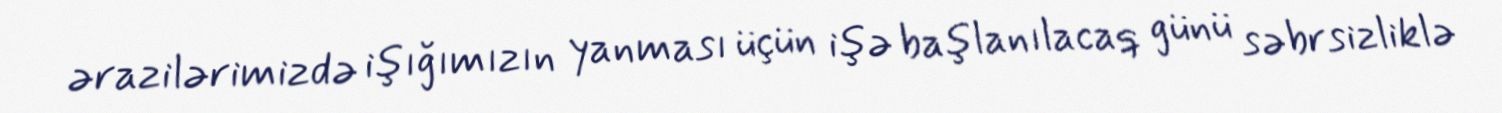
ərazilərimizdə işığımızın yanması üçün işə başlanılacaq günü səbrsizliklə